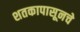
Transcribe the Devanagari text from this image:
शतकापासूनचे